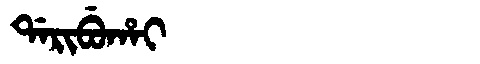
Manchu: ᡩᠠᡵᡳᠪᡠᡥᠠᡳ
Romanization: DARIBUHAI